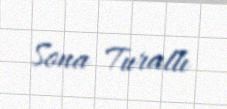
Sona Turallı